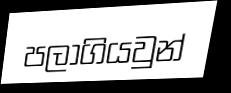
පලාගියවුන්